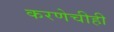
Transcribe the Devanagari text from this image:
करणेचीही